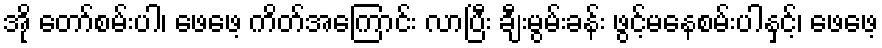
အို တော်စမ်းပါ၊ ဖေဖေ့ ကိတ်အကြောင်း လာပြီး ချီးမွမ်းခန်း ဖွင့်မနေစမ်းပါနှင့်၊ ဖေဖေ့